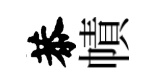
恭幘